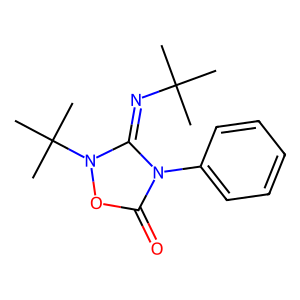
SMILES: CC(C)(C)N=c1n(C(C)(C)C)oc(=O)n1-c1ccccc1
Inhibits HIV replication: No